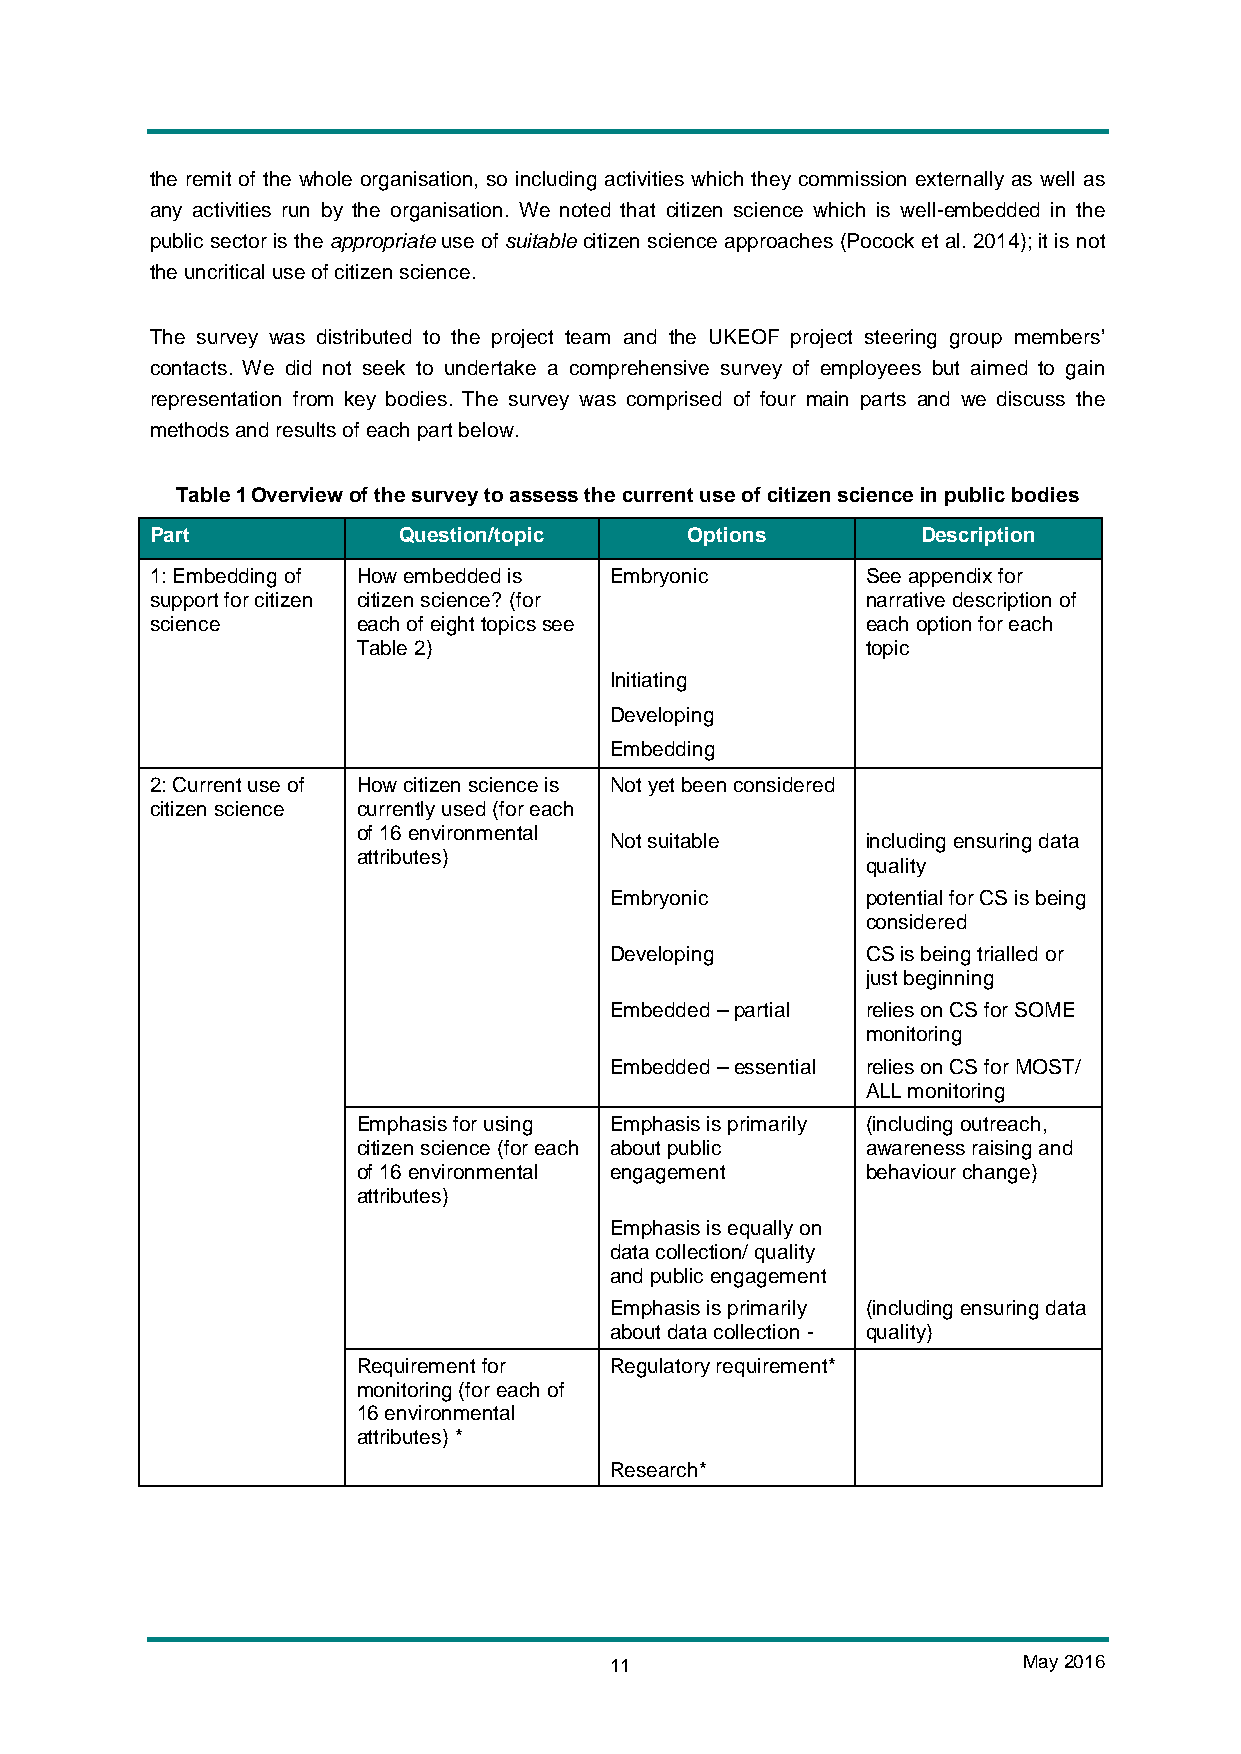
the remit of the whole organisation, so including activities which they commission externally as well as
 any activities run by the organisation. We noted that citizen science which is well-embedded in the
 public sector is the appropriate use of suitable citizen science approaches (Pocock et al. 2014); it is not
 the uncritical use of citizen science.
 The survey was distributed to the project team and the UKEOF project steering group members’
 contacts. We did not seek to undertake a comprehensive survey of employees but aimed to gain
 representation from key bodies. The survey was comprised of four main parts and we discuss the
 methods and results of each part below.
 Table 1 Overview of the survey to assess the current use of citizen science in public bodies
 Part            Question/topic     Options         Description
 1: Embedding of How embedded is Embryonic      See appendix for
 support for citizen citizen science? (for      narrative description of
 science       each of eight topics see         each option for each
 Table 2)                         topic
 Initiating
 Developing
 Embedding
 2: Current use of How citizen science is Not yet been considered
 citizen science currently used (for each
 of 16 environmental
 Not suitable     including ensuring data
 attributes)
 quality
 Embryonic        potential for CS is being
 considered
 Developing       CS is being trialled or
 just beginning
 Embedded – partial relies on CS for SOME
 monitoring
 Embedded – essential relies on CS for MOST/
 ALL monitoring
 Emphasis for using Emphasis is primarily (including outreach,
 citizen science (for each about public awareness raising and
 of 16 environmental engagement   behaviour change)
 attributes)
 Emphasis is equally on
 data collection/ quality
 and public engagement
 Emphasis is primarily (including ensuring data
 about data collection - quality)
 Requirement for Regulatory requirement*
 monitoring (for each of
 16 environmental
 attributes) *
 Research*
 11                          May 2016